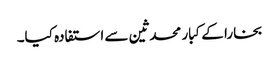
بخارا کے کبار محدثین سے استفادہ کیا۔